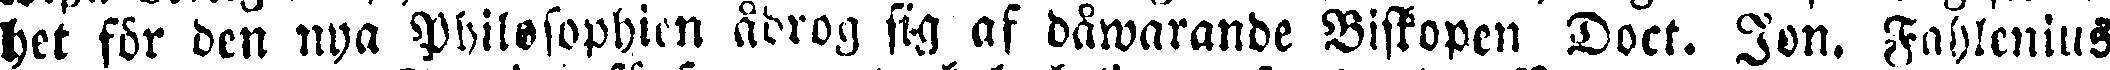
het för den nya Philosophien ådrog sig af dåwarande Biskopen Doct. Jon. Fahlenius